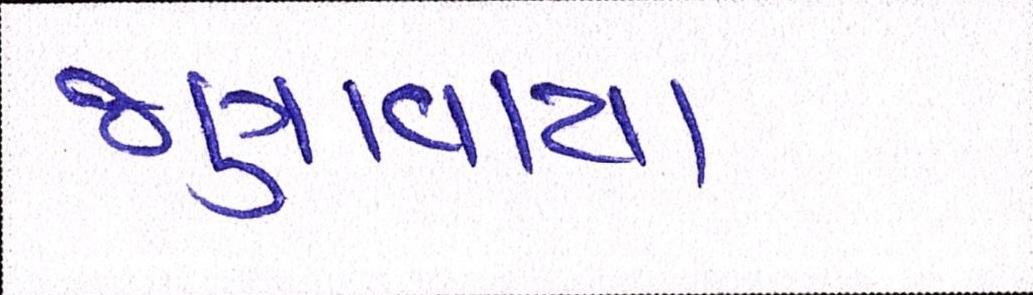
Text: જણાવાયા